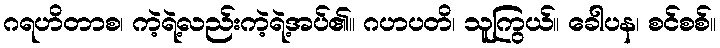
ဂရဟိတာစ၊ ကဲ့ရဲ့လည်းကဲ့ရဲ့အပ်၏။ ဂဟပတိ၊ သူကြွယ်။ ခေါပန၊ စင်စစ်။